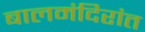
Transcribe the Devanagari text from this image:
बालमंदिरांत